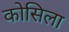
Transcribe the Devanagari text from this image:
कोसिला